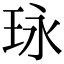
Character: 𤤯